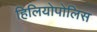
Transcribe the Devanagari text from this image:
हिलियोपोलिस